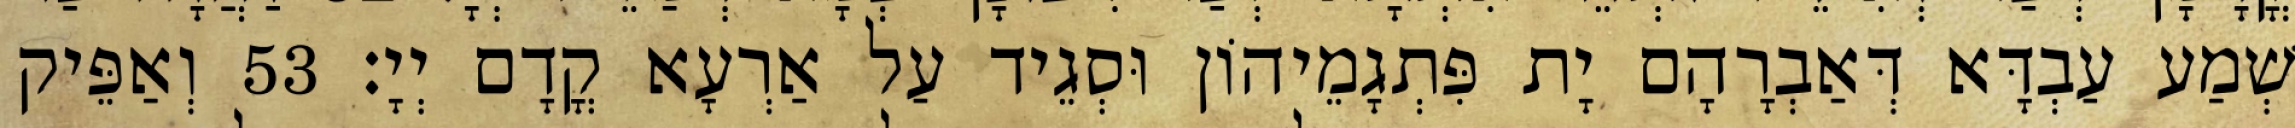
שְׁמַע עַבְדָּא דְּאַבְרָהָם יָת פִּתְגָמֵיהוֹן וּסְגֵיד עַל אַרְעָא קֳדָם יְיָ׃ 53 וְאַפֵּיק